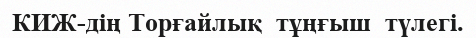
КИЖ-дің Торғайлық  тұңғыш  түлегі.